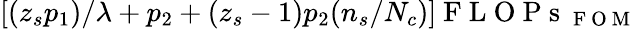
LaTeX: [(z_{s}p_{1})/{\lambda}+p_{2}+(z_{s}-1)p_{2}(n_{s}/N_{c})]\mathrm{~F~L~O~P~s~}_{\mathrm{~F~O~M~}}